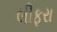
લીફરા